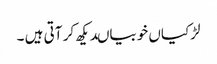
لڑکیاں خوبیاںدیکھ کر آتی ہیں ۔